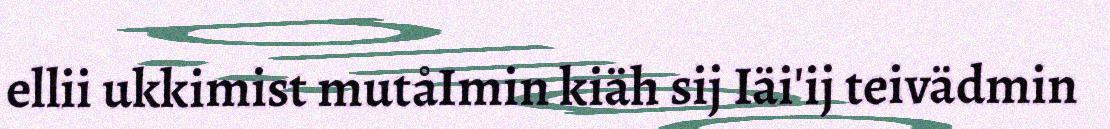
ellii ukkimist mutåImin kiäh sij Iäi'ij teivädmin